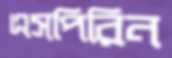
এসপিরিন